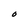
Character: O